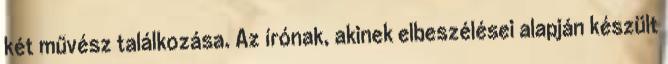
két művész találkozása. Az írónak, akinek elbeszélései alapján készült